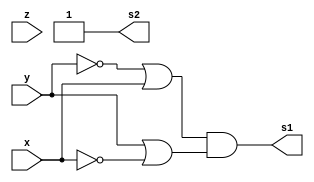
// Guia04 - 2A - Guilherme Gomes de Brites - 808721

module fxyz (output s1, output s2, input x, y, z);
assign s1 = ( ~y | x ) & ( y | ~x );
assign s2 = (~y | y)& (~x | x);
endmodule // fxyz

module Guia04;
	reg x, y, z;
	wire s1, s2, s3;

	fxyz FXY1 (s1, s2, x, y,z);


	initial begin: start
		x=1'bx; y=1'bx; z=1'bx; // indefinidos
	end

	initial begin: main
		// identificacao
		$display("Exemplo - Guilherme Gomes de Brites - 808721");
        $display("Expressao: ( y + x' )' . ( y + x' )");
        $display(" x  y  z | ( y + x' )' . ( y + x' )");
		
		// sinalizacao
		#1 x=0; y=0;z=0;
		$monitor("%2b %2b %2b = %2b  %2b", x, y, z, s1, s2);
		#1 x=0; y=0;z=1;
		#1 x=0; y=1;z=0;
		#1 x=0; y=1;z=1;
		#1 x=1; y=0;z=0;
		#1 x=1; y=0;z=1;
		#1 x=1; y=1;z=0;
		#1 x=1; y=1;z=1;
	end
endmodule